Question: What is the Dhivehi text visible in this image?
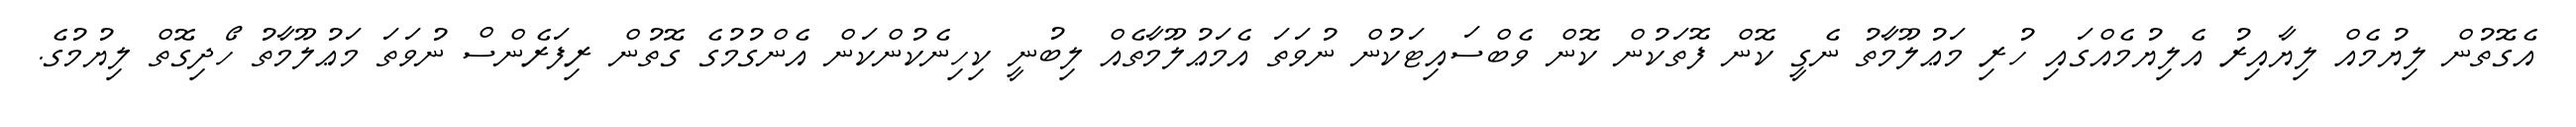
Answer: އެގޮތުން ލިޔުމެއް ލިޔާއިރު އެލިޔުމެއްގައި ހުރި މަޢުލޫމާތު ނެގީ ކޮން ފޮތަކުން ކޮން ވެބްސައިޓަކުން ނުވަތަ އެމަޢުލޫމާތެއް ލިބުނީ ކިހިނެކުންކަން އެންގުމުގެ ގޮތުން ރިފަރެންސް ނުވަތަ މަޢުލޫމާތު ހޯދިގޮތް ލިޔުމުގެ.